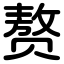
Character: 赘